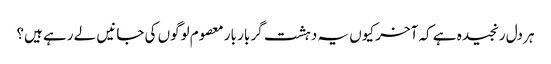
ہر دل رنجیدہ ہے کہ آخر کیوں یہ دہشت گر بار بار معصوم لوگوں کی جانیں لے رہے ہیں؟